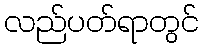
လည်ပတ်ရာတွင်